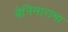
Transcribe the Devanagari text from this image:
बैनिमारामा